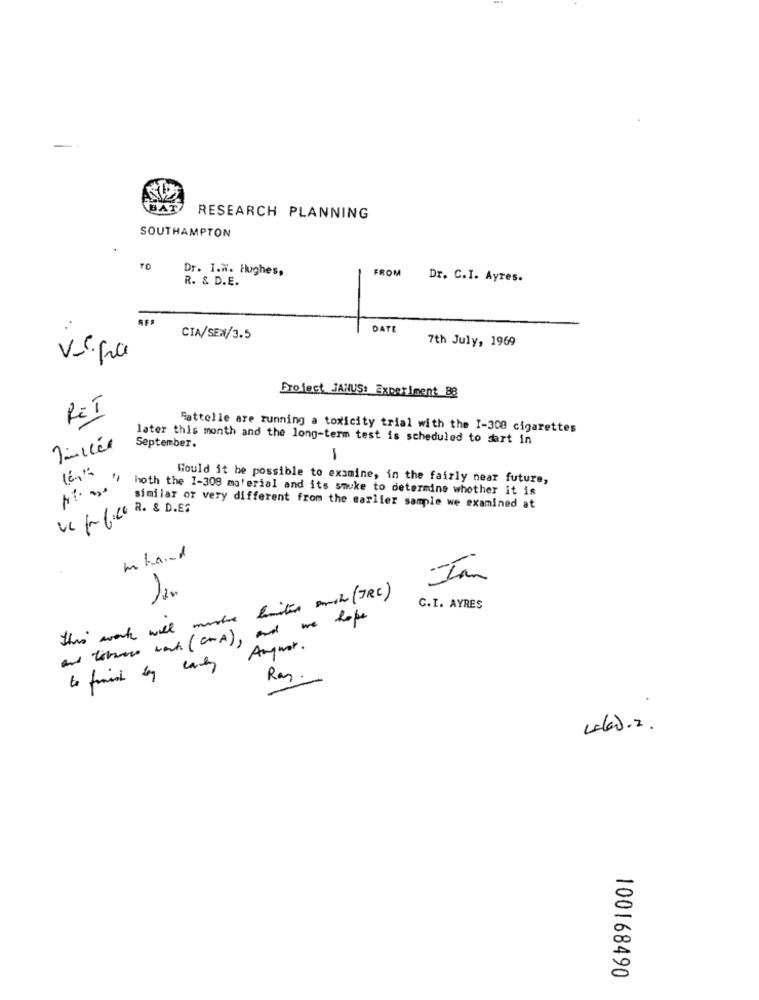
RESEARCH PLANNING
SOUTHAMPTON
Dr. I.W. Hughes,
FROM
R. & D.E.
Dr. C.I. Ayres.
DATE
CIA/SEW/3.5
7th July, 1969
vs.fra
Project JANUS: Experiment 88
RET
Sattelle are running a toxicity trial with the I-308 cigarettes
later this month and the long-term test is scheduled to dart in
September.
-
165
Would it be possible to examine, in the fairly near future,
hoth the 1-309 material and its smoke to determine whether it is
Vc / 1.20 R. & D.ET
similar or very different from the earlier sample we examined at
mkand
Jan
this work will mude limites anche (7RC)
C.I. AYRES
And times work (CA), and we hope
Anymer .
Ray.
4-6).2.
100168490